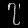
Digit: ၇